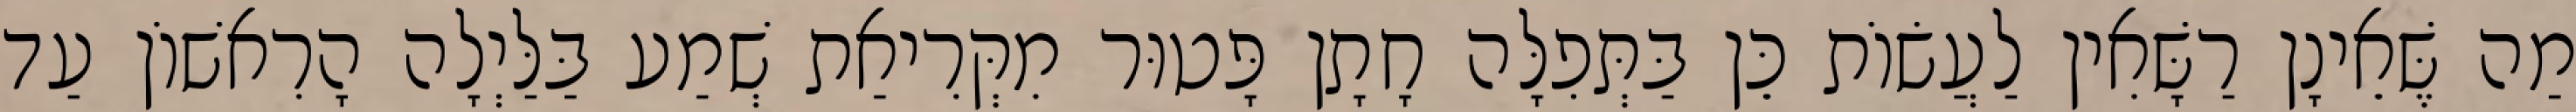
מַה שֶּׁאֵינָן רַשָּׁאִין לַעֲשׂוֹת כֵּן בַּתְּפִלָּה חָתָן פָּטוּר מִקְּרִיאַת שְׁמַע בַּלַּיְלָה הָרִאשׁוֹן עַד